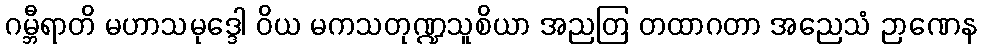
ဂမ္ဘီရာတိ မဟာသမုဒ္ဒေါ ဝိယ မကသတုဏ္ဍသူစိယာ အညတြ တထာဂတာ အညေသံ ဉာဏေန